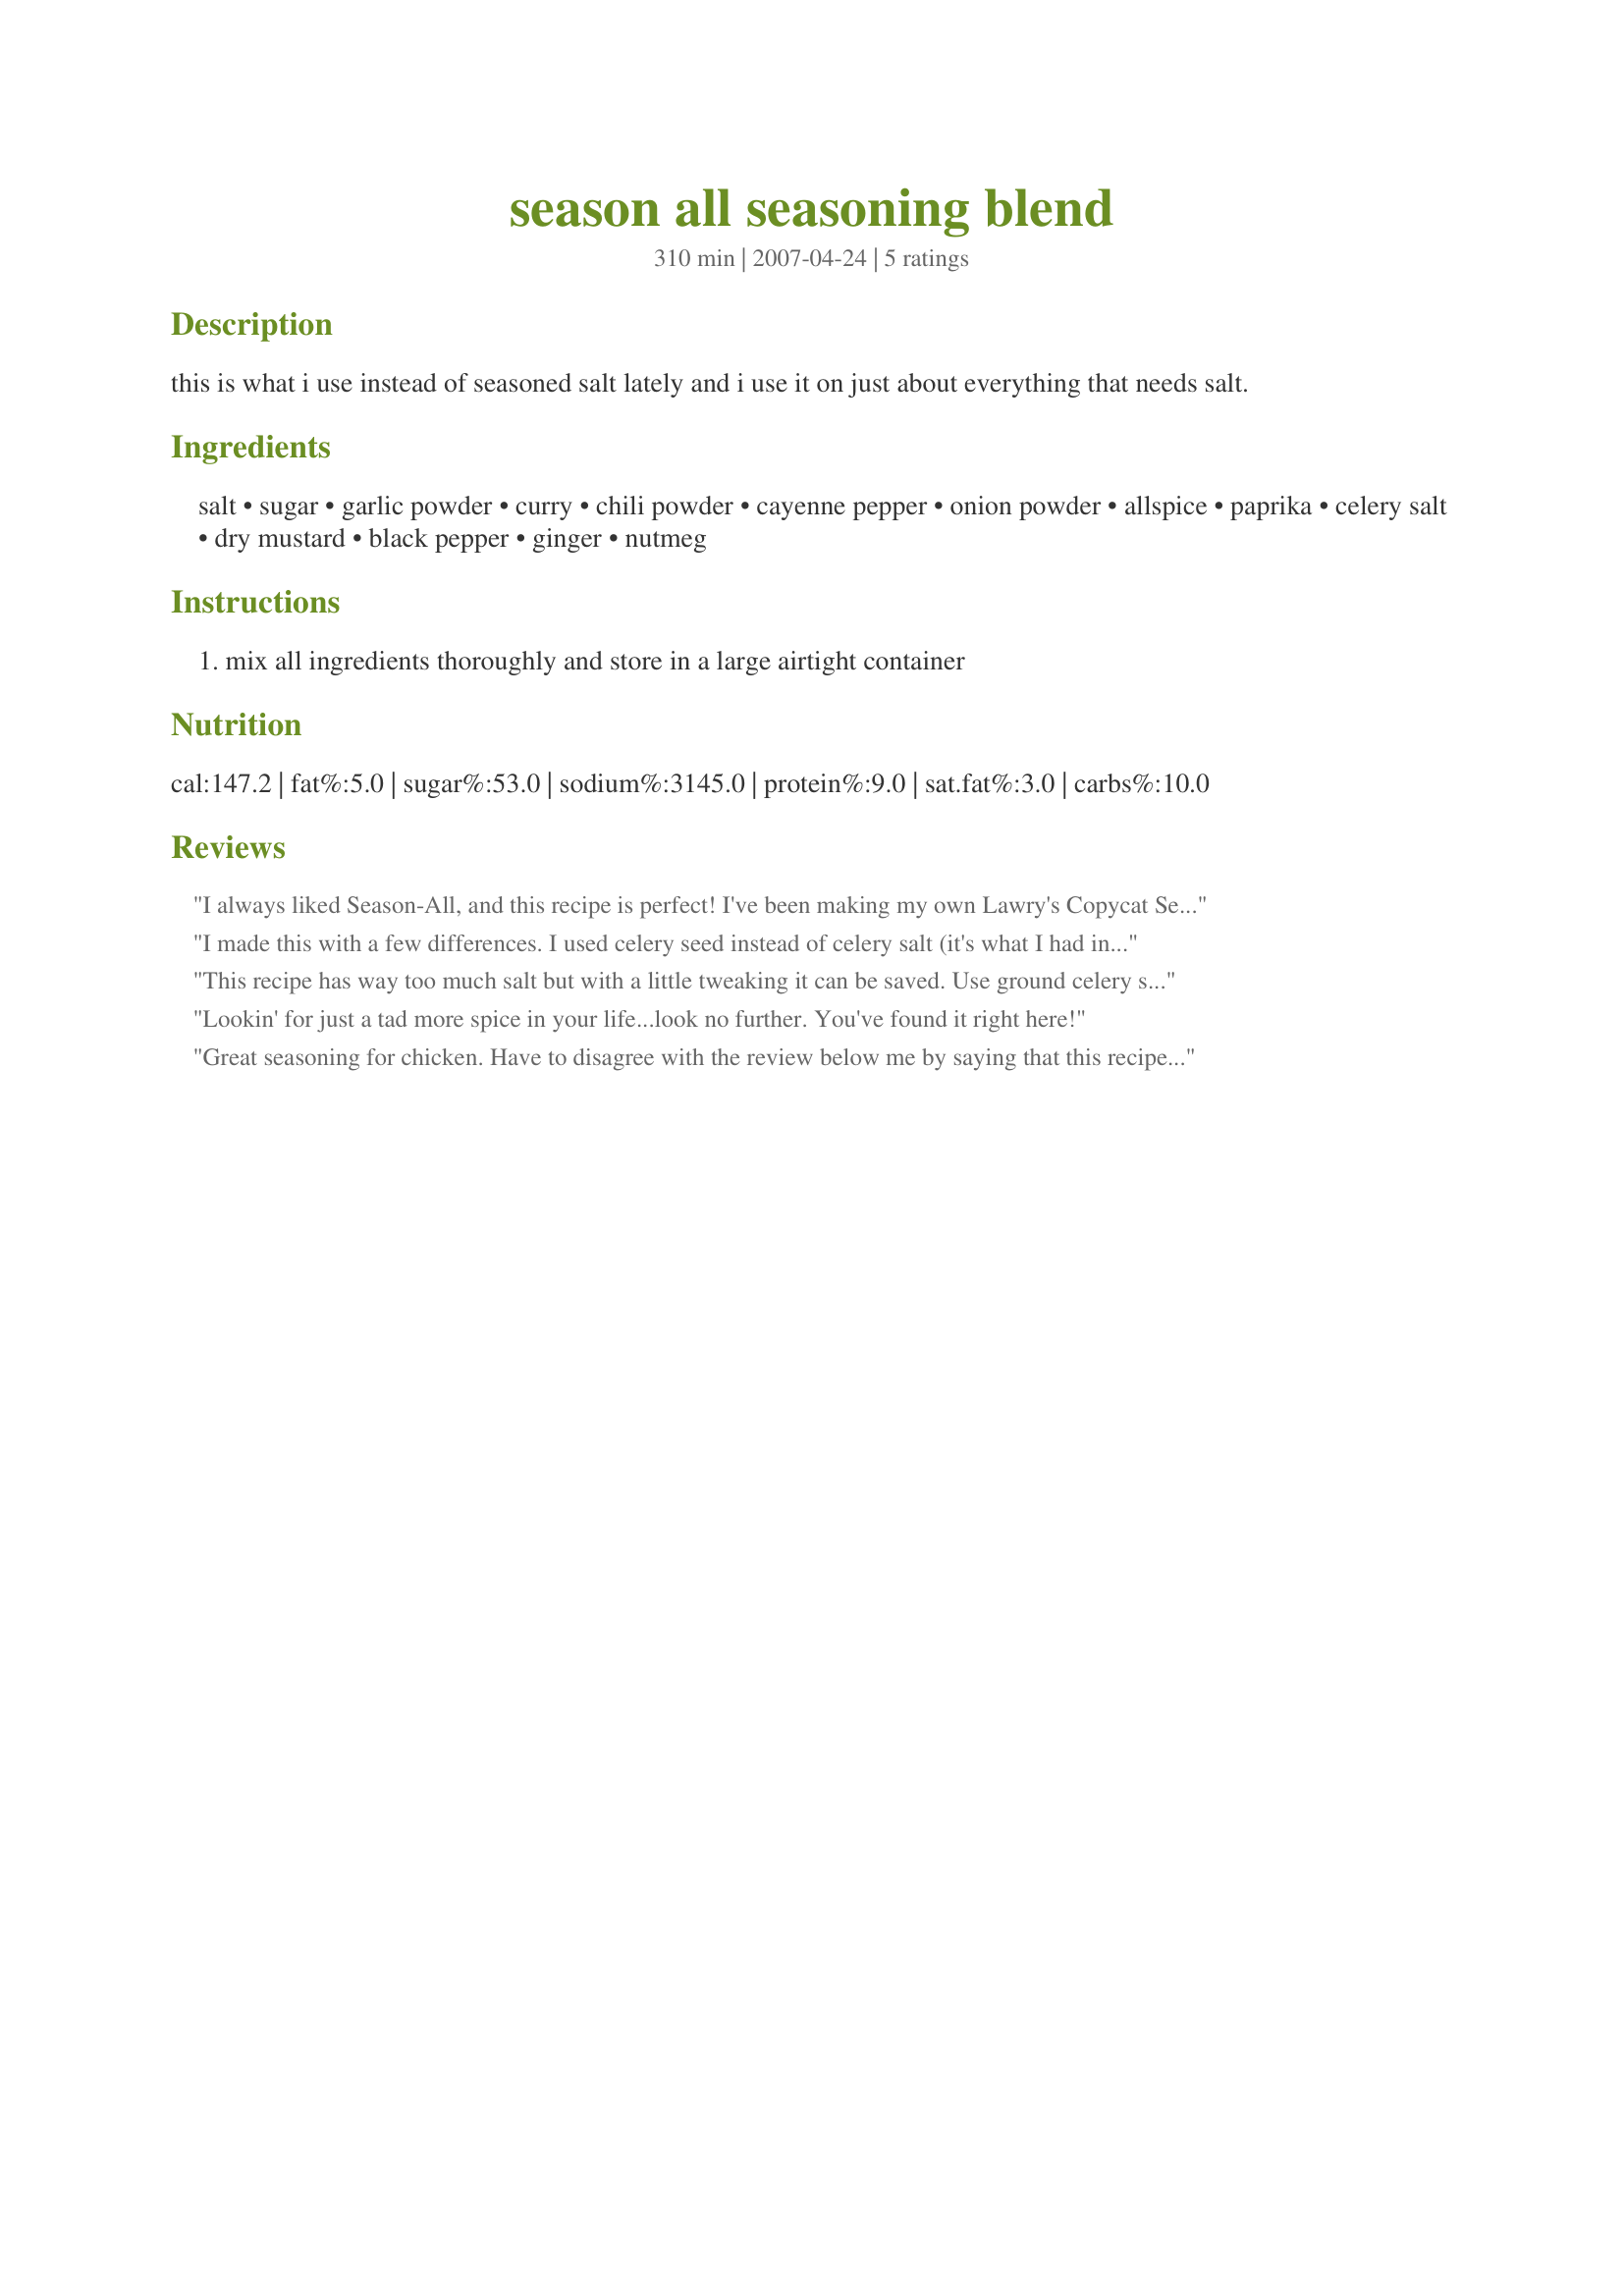
season all seasoning blend
Preparation time: 310 minutes

this is what i use instead of seasoned salt lately and i use it on just about everything that needs salt.

Ingredients:
salt, sugar, garlic powder, curry, chili powder, cayenne pepper, onion powder, allspice, paprika, celery salt, dry mustard, black pepper, ginger, nutmeg

Steps:
mix all ingredients thoroughly and store in a large airtight container

Reviews:
I always liked Season-All, and this recipe is perfect! I've been making my own Lawry's Copycat Season Salt for years (I omitted the sugar), but I wanted to try something different. This is excellent, tastes even better than the store-bought! The only changes I made was using celery seed instead of salt, and I didn't have any allspice, so I just left it out. And I cut the sugar in half. Other than that, it is FABULOUS! Thank you!
I made this with a few differences. I used celery seed instead of celery salt (it's what I had in my spice cabinet) and I omitted the cayenne pepper because of my littles. I tasted some on my finger-wowzers! Can't wait to try it out! Update-tastes awesome on my eggs! I'm going to gift this as a Christmas present this year with the recipe it's that good. Better than the season all I ran out of.
This recipe has way too much salt but with a little tweaking it can be saved. Use ground celery seed instead of celery salt. Cut the reg salt by half and reduce or eliminate the sugar. Much healthier and I personally added 1 Tbsp. oregano.
Lookin' for just a tad more spice in your life...look no further. You've found it right here!
Great seasoning for chicken. Have to disagree with the review below me by saying that this recipe needs no saving at all. It&#039;s a seasoning *salt* after all so it should be primarily just that. I also have to say that oregano has no place in this at all. Do yourself a favor and follow the recipe as is.
